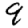
Digit: 9